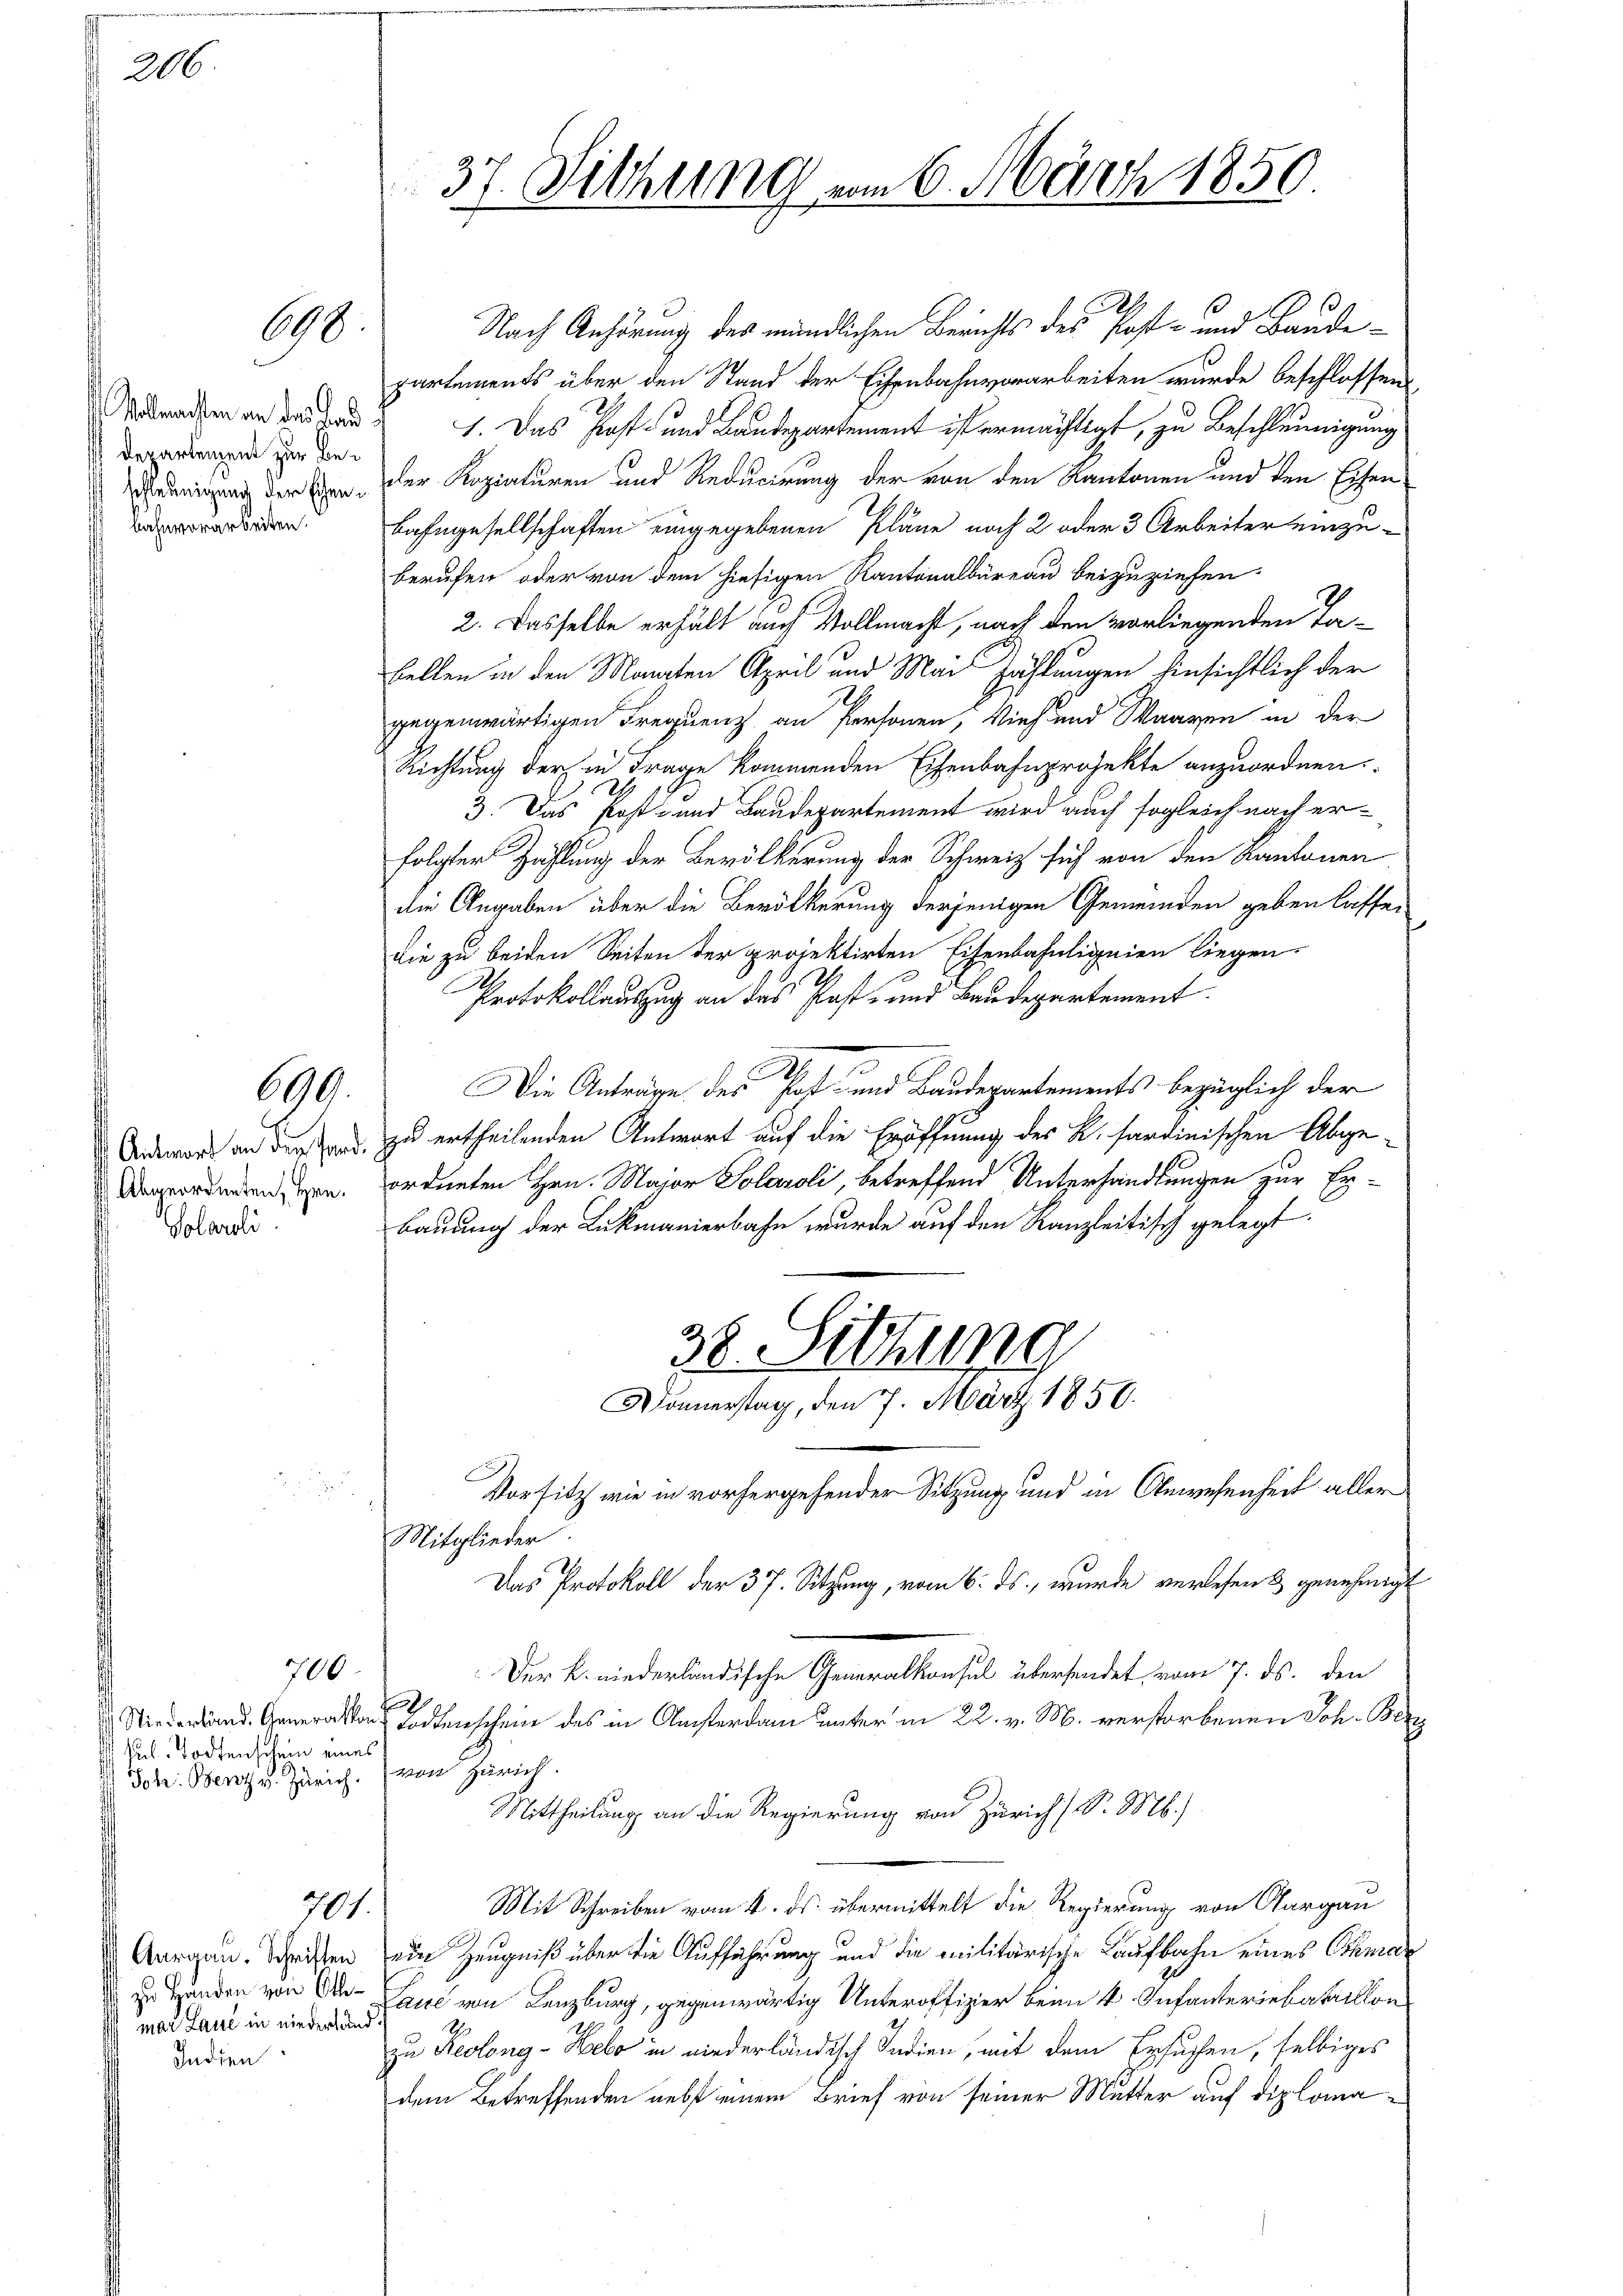
206

Vollmachten an des Land
Departement zur Bebahnvorarbeiten.

698

690.

Antwort an der Hand
Abgeordneten, Hrn.
Solaroli

700

s Jul. Todtenschein eines
Joh: Benz v. Zürich.) von Zürich.

701.

mar Laut in niederland.
Indien

37. Sitzung am 6. März 1850

Nach Anhörung des mündlichen Berichts des Post- und Baude
partements über den Stand der Eisenbahnvorarbeiten wurde beschlossen
1. Das Post- und Baudepartement ist ermächtigt, zu Beschleunigung
igung der Bern der Kopiaturen und Reducirung der von den Kantonen und den Eisen¬
Bahngesellschaften eingegebenen Pläne noch 2 oder 3 Arbeiter einzu-
berufen oder von dem hiesigen Kantonalbüreau beizuziehen.
2. Dasselbe erhält auch Vollmacht, nach den vorliegenden Tafellen in den Manten April und Mai Zählungen hinsichtlich der
gegenwärtigen Frequenz an Personen, Vieh und Waaren in der
Richtung der in Frage kommenden Eisenbahnprojekte anzuordnen.
3. Das Post- und Baudepartement wird auch sogleich nach erfolgter Zahlung der Bevölkerung der Schweiz sich von den Kantonen
die Angaben über die Bevölkerung derjenigen Gemeinden geben lasse,
die zu beiden Seiten der projektirten Eisenbahnlignien liegen.
Protokollauszug an das Past- und Baudepartement.
Die Anträge des Post- und Baudepartements bezüglich der
zu ertheilenden Antwort auf die Eröffnung des K. sardinischen Abge
ordneten Hrn. Major Solaroli, betreffend Unterhandlungen zur Erbauung der Lukmanierbahn wurde auf den Kanzleitisch gelegt.
38. Sitzung
Donnerstag, den 7. März 1850.
Vorsitz wie in vorhergehender Sitzung und in Anwesenheit aller
Mitglieder
Das Protokoll der 37. Sitzung, vom 6. ds., wurde verlesen & genehmigt
Der K. niederländische Generalkonsul übersendet vom 7. ds. den
.
Si. Generaten Todtenschein des in Ansterdam unter in 22. v. M. verstorbenen Joh. Bez
Mittheilung an die Regierung von Zürich 1 S. M.)
Mit Schreiben vom 4. ds. übermittelt die Regierung von Aargau
Aargau, Schritten ein Zeugniß über die Aufführung und die militärische Laufbahn eines Schmar
zu Handen von Dr. Lauć von Lenzburg, gegenwärtig Unteroffizier beim k. Infanteriebataillon
.
zu Reolong-Helo in niederländisch Sadien, mit dem Ersuchen, selbiges
dem Betreffenden nebst einem Brief von seiner Mutter auf diploma¬